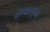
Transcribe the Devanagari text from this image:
योग्‍यतापूर्वक